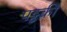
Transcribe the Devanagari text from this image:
पट्टकी